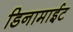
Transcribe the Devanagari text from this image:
डिनामाईट